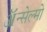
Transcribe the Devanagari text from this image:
ॲन्सेल्मो